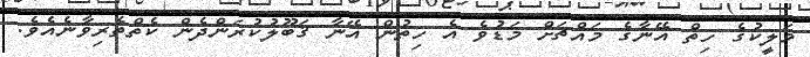
މަލީކުގެ ހިތް އޭނާގެ މައްޗަށް މަޑުވެ އެ ހިތުން އޭނާ ޤަބޫލުކުރަންދެން ކެތްތެރިވާނެއެވެ.